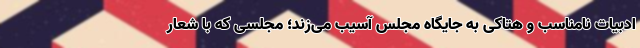
ادبیات نامناسب و هتاکی به جایگاه مجلس آسیب می‌زند؛ مجلسی که با شعار